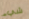
شيء